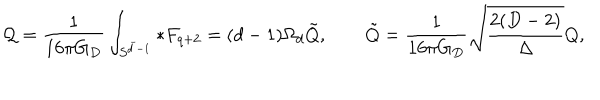
{ \cal Q } = { \frac { 1 } { 1 6 \pi G _ { D } } } \int _ { S ^ { \bar { d } - 1 } } * F _ { q + 2 } = ( d - 1 ) \Omega _ { d } \tilde { Q } , \qquad \tilde { Q } = { \frac { 1 } { 1 6 \pi G _ { D } } } \sqrt { \frac { 2 ( D - 2 ) } { \Delta } } Q ,